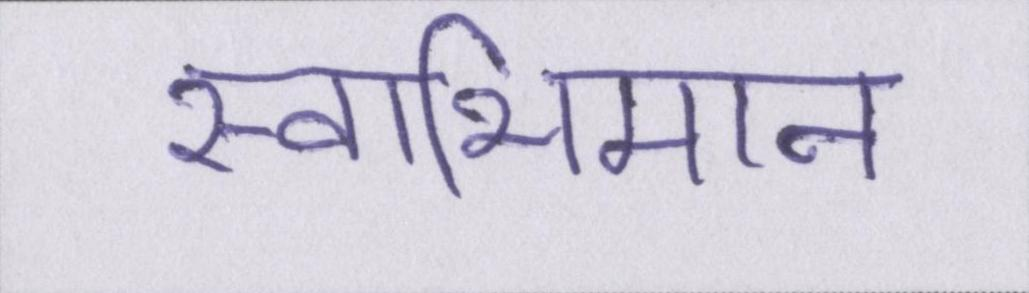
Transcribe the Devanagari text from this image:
स्वाभिमान